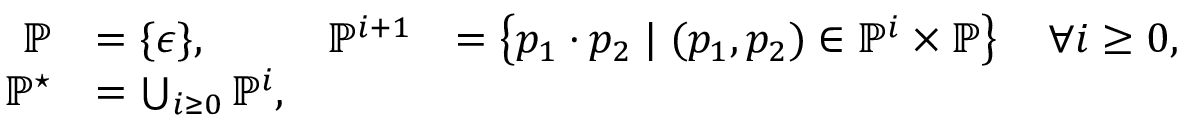
\begin{array} { r l r l } { \mathbb { P } } & { = \{ \epsilon \} , } & { \mathbb { P } ^ { i + 1 } } & { = \left\{ p _ { 1 } \boldsymbol { \cdot } p _ { 2 } \; | \; ( p _ { 1 } , p _ { 2 } ) \in \mathbb { P } ^ { i } \times \mathbb { P } \right\} \quad \forall i \geq 0 , } \\ { \mathbb { P } ^ { \star } } & { = \bigcup _ { i \geq 0 } \mathbb { P } ^ { i } , } \end{array}